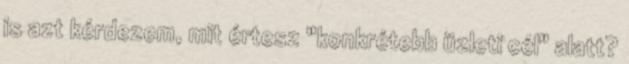
is azt kérdezem, mit értesz "konkrétebb üzleti cél" alatt?